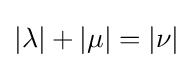
|\lambda |+|\mu |=|\nu |